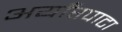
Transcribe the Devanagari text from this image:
अयाँरपाटा